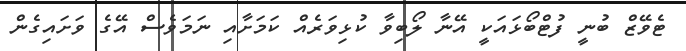
ޓެވޭޒް ބުނީ ފުޓްބޯޅައަކީ އޭނާ ލޯބިވާ ކުޅިވަރެއް ކަމަށާއި ނަމަވެސް އޭގެ ވަށައިގެން